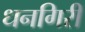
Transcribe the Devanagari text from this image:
धनगिरी